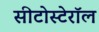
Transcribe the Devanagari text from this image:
सीटोस्टेरॉल